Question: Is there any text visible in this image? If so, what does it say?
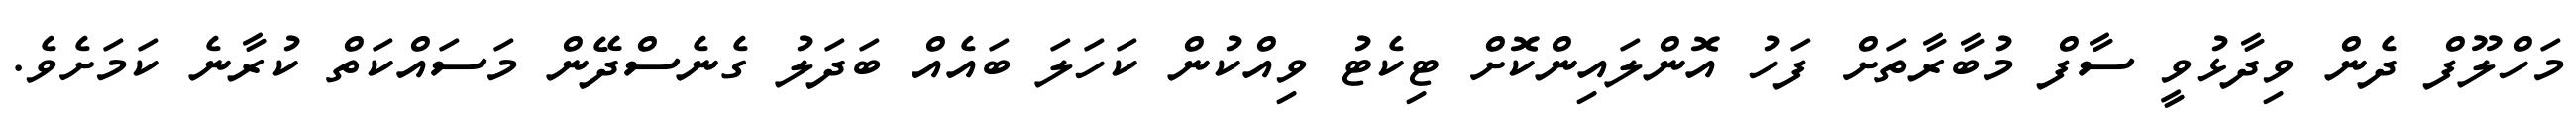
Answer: މަހްލޫފް ދެން ވިދާޅުވީ ސާފް މުބާރާތަށް ފަހު އޮންލައިންކޮށް ޓިކެޓު ވިއްކުން ކަހަލަ ބައެއް ބަދަލު ގެނެސްދޭން މަސައްކަތް ކުރާނެ ކަމަށެވެ.